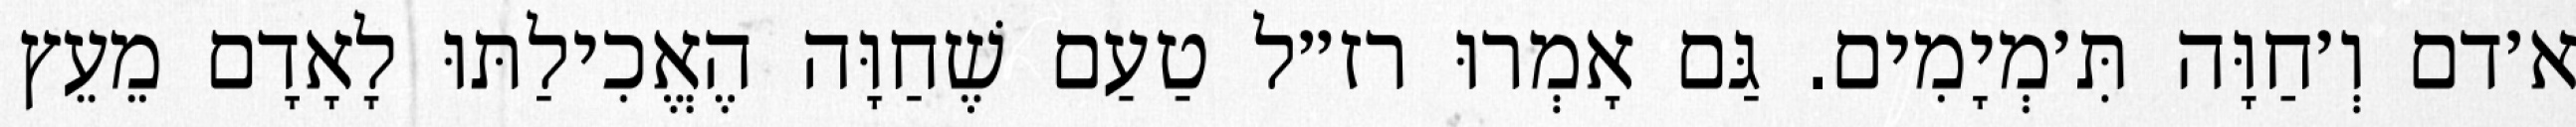
א׳דם וְ׳חַוָּה תִּ׳מְיָמִים. גַּם אָמְרוּ רז״ל טַעַם שֶׁחַוָּה הֶאֱכִילַתּוּ לָאָדָם מֵעֵץ